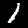
Label: 1